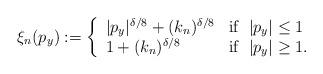
LaTeX: \begin{align*} \xi_n (p_y) := \left\{ \begin{array}{ll} |p_y|^{\delta/8} + (k_n)^{\delta/8} & \mathrm{if} \;\; |p_y|\leq 1 \\ 1 + (k_n)^{\delta/8} & \mathrm{if} \;\; |p_y| \geq 1 . \\ \end{array} \right.\end{align*}